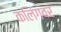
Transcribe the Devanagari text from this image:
कलिंगवर